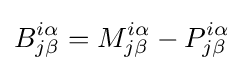
B_{j\beta }^{i\alpha }=M_{j\beta }^{i\alpha }-P_{j\beta }^{i\alpha }